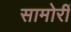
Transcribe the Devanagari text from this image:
सामोरीं